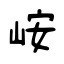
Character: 峖